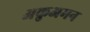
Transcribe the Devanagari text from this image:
अकुअमन